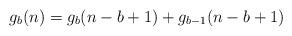
LaTeX: \begin{align*}g_b(n) = g_b(n-b+1)+g_{b-1}(n-b+1)\end{align*}